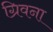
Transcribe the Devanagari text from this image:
ग्रिवना